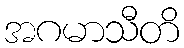
အဂမာသီတိ